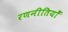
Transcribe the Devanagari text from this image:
रणनीतियोँ